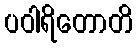
ပဝါရိတောတိ